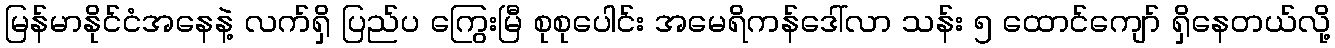
မြန်မာနိုင်ငံအနေနဲ့ လက်ရှိ ပြည်ပ ကြွေးမြီ စုစုပေါင်း အမေရိကန်ဒေါ်လာ သန်း ၅ ထောင်ကျော် ရှိနေတယ်လို့